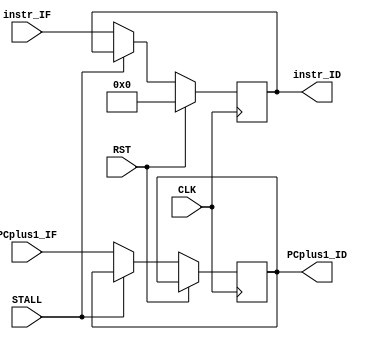
`timescale 1ns / 1ps
//////////////////////////////////////////////////////////////////////////////////
// Company: 
// Engineer: 
// 
// Design Name: 
// Module Name: PIP_REG_IFtoID
// Project Name: 
// Target Devices: 
// Tool Versions: 
// Description: 
// 
// Dependencies: 
// 
// Revision:
// Revision 0.01 - File Created
// Additional Comments:
// 
//////////////////////////////////////////////////////////////////////////////////


//PIPELINE REGISTER: FETCH TO DECODE
module PIP_REG_IFtoID #(parameter wid=32, dep=17)
(input CLK, STALL, RST,
    input[dep-1:0] PCplus1_IF, input[wid-1:0] instr_IF,
    output reg[dep-1:0] PCplus1_ID, output reg[wid-1:0] instr_ID);
    
    always @(posedge CLK) begin
        if (RST) instr_ID <= 0; //flush next instr if branching
        else if (!STALL) begin
            instr_ID <= instr_IF;
            PCplus1_ID <= PCplus1_IF;
        end
    end
endmodule